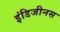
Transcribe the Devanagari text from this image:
इंडिजीनस